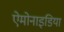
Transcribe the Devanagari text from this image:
ऐमोनाइडिया